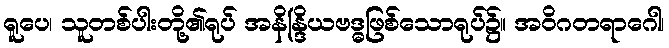
ရူပေ၊ သူတစ်ပါးတို့၏ရုပ် အနိန္ဒြိယဗဒ္ဓဖြစ်သောရုပ်၌။ အဝိဂတရာဂေါ၊